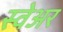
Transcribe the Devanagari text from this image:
स्वेअर